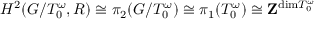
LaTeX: H ^ { 2 } ( G / T _ { 0 } ^ { \omega } , R ) \cong \pi _ { 2 } ( G / T _ { 0 } ^ { \omega } ) \cong \pi _ { 1 } ( T _ { 0 } ^ { \omega } ) \cong { \bf Z } ^ { \mathrm { d i m } T _ { 0 } ^ { \omega } }